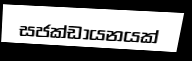
සජක්ඩායනයක්